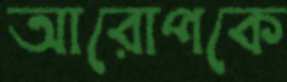
আরোপকে